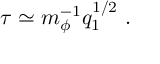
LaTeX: \tau \simeq m _ { \phi } ^ { - 1 } q _ { 1 } ^ { 1 / 2 } \ .